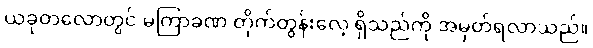
ယခုတလောတွင် မကြာခဏ တိုက်တွန်းလေ့ ရှိသည်ကို အမှတ်ရလာသည်။